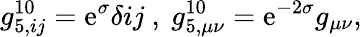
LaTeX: g_{5,ij}^{10}=\mathrm{e}^{\sigma}\delta{ij}\ ,\ g_{5,\mu\nu}^{10}=\mathrm{e}^{-2\sigma}g_{\mu\nu},